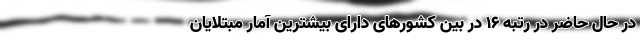
در حال حاضر در رتبه ۱۶ در بین کشورهای دارای بیشترین آمار مبتلایان